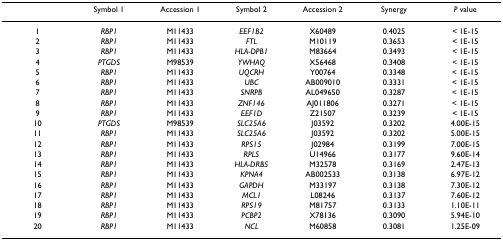
<table><thead><tr><td></td><td><b>Symbol 1</b></td><td><b>Accession 1</b></td><td><b>Symbol 2</b></td><td><b>Accession 2</b></td><td><b>Synergy</b></td><td><b><i>P </i>value</b></td></tr></thead><tbody><tr><td>1</td><td><i>RBP1</i></td><td>M11433</td><td><i>EEF1B2</i></td><td>X60489</td><td>0.4025</td><td>&lt; 1E-15</td></tr><tr><td>2</td><td><i>RBP1</i></td><td>M11433</td><td><i>FTL</i></td><td>M10119</td><td>0.3653</td><td>&lt; 1E-15</td></tr><tr><td>3</td><td><i>RBP1</i></td><td>M11433</td><td><i>HLA-DPB1</i></td><td>M83664</td><td>0.3493</td><td>&lt; 1E-15</td></tr><tr><td>4</td><td><i>PTGDS</i></td><td>M98539</td><td><i>YWHAQ</i></td><td>X56468</td><td>0.3408</td><td>&lt; 1E-15</td></tr><tr><td>5</td><td><i>RBP1</i></td><td>M11433</td><td><i>UQCRH</i></td><td>Y00764</td><td>0.3348</td><td>&lt; 1E-15</td></tr><tr><td>6</td><td><i>RBP1</i></td><td>M11433</td><td><i>UBC</i></td><td>AB009010</td><td>0.3331</td><td>&lt; 1E-15</td></tr><tr><td>7</td><td><i>RBP1</i></td><td>M11433</td><td><i>SNRPB</i></td><td>AL049650</td><td>0.3287</td><td>&lt; 1E-15</td></tr><tr><td>8</td><td><i>RBP1</i></td><td>M11433</td><td><i>ZNF146</i></td><td>AJ011806</td><td>0.3271</td><td>&lt; 1E-15</td></tr><tr><td>9</td><td><i>RBP1</i></td><td>M11433</td><td><i>EEF1D</i></td><td>Z21507</td><td>0.3239</td><td>&lt; 1E-15</td></tr><tr><td>10</td><td><i>PTGDS</i></td><td>M98539</td><td><i>SLC25A6</i></td><td>J03592</td><td>0.3202</td><td>4.00E-15</td></tr><tr><td>11</td><td><i>RBP1</i></td><td>M11433</td><td><i>SLC25A6</i></td><td>J03592</td><td>0.3202</td><td>5.00E-15</td></tr><tr><td>12</td><td><i>RBP1</i></td><td>M11433</td><td><i>RPS15</i></td><td>J02984</td><td>0.3199</td><td>7.00E-15</td></tr><tr><td>13</td><td><i>RBP1</i></td><td>M11433</td><td><i>RPL5</i></td><td>U14966</td><td>0.3177</td><td>9.60E-14</td></tr><tr><td>14</td><td><i>RBP1</i></td><td>M11433</td><td><i>HLA-DRB5</i></td><td>M32578</td><td>0.3169</td><td>2.47E-13</td></tr><tr><td>15</td><td><i>RBP1</i></td><td>M11433</td><td><i>KPNA4</i></td><td>AB002533</td><td>0.3138</td><td>6.97E-12</td></tr><tr><td>16</td><td><i>RBP1</i></td><td>M11433</td><td><i>GAPDH</i></td><td>M33197</td><td>0.3138</td><td>7.30E-12</td></tr><tr><td>17</td><td><i>RBP1</i></td><td>M11433</td><td><i>MCL1</i></td><td>L08246</td><td>0.3137</td><td>7.60E-12</td></tr><tr><td>18</td><td><i>RBP1</i></td><td>M11433</td><td><i>RPS19</i></td><td>M81757</td><td>0.3133</td><td>1.10E-11</td></tr><tr><td>19</td><td><i>RBP1</i></td><td>M11433</td><td><i>PCBP2</i></td><td>X78136</td><td>0.3090</td><td>5.94E-10</td></tr><tr><td>20</td><td><i>RBP1</i></td><td>M11433</td><td><i>NCL</i></td><td>M60858</td><td>0.3081</td><td>1.25E-09</td></tr></tbody></table>